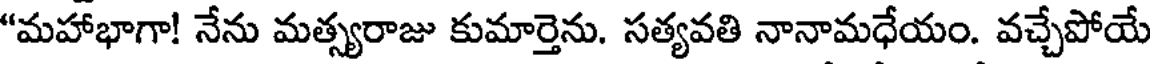
"మహాభాగా! నేను మత్స్యరాజు కుమార్తెను. సత్యవతి నానామధేయం. వచ్చేపోయే